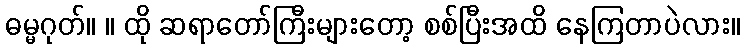
ဓမ္မဂုတ်။ ။ ထို ဆရာတော်ကြီးများတော့ စစ်ပြီးအထိ နေကြတာပဲလား။